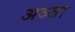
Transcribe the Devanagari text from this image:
अञ्जा